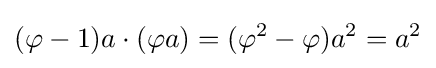
(\varphi -1)a\cdot (\varphi a)=(\varphi ^{2}-\varphi )a^{2}=a^{2}